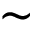
\sim